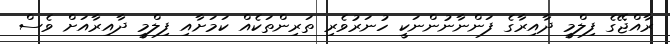
ރާއްޖޭގެ ފިލްމީ ދާއިރާގެ ފަންނާނުންނަކީ ހުނަރުވެރި ތަރިންތަކެއް ކަމަށާއި ފިލްމީ ދާއިރާއަށް ވެސް